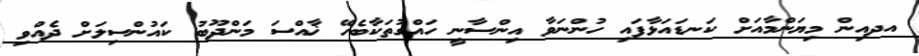
އދއިން މިޔަންމާއަށް ކަނޑައަޅާފައި ހުންނަވާ އިންސާނީ ހައްގުތަކާބެހޭ ޚާއްސަ މަންދޫބު ކައުންސިލަށް ދެއްވި